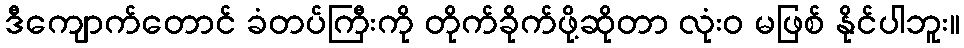
ဒီကျောက်တောင် ခံတပ်ကြီးကို တိုက်ခိုက်ဖို့ဆိုတာ လုံးဝ မဖြစ် နိုင်ပါဘူး။